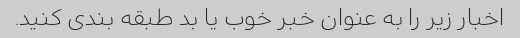
اخبار زیر را به عنوان خبر خوب یا بد طبقه بندی کنید.